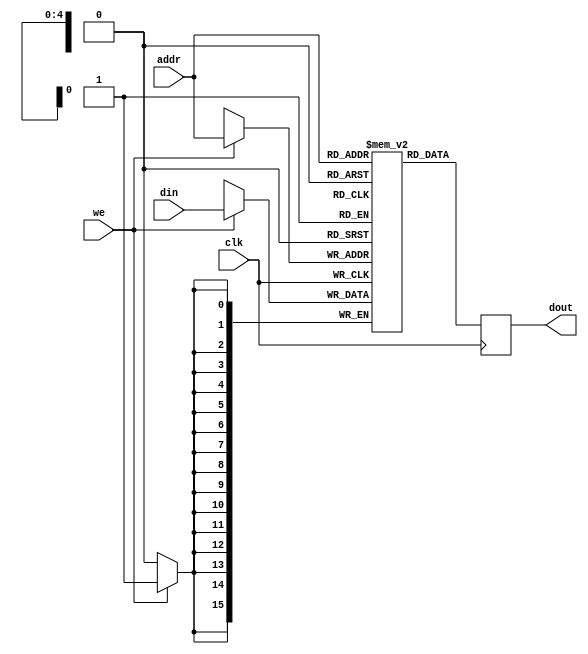
module spram #(
   parameter DATA = 16,
   parameter ADDR = 5
)(
   input 			clk,  
   input 			we, 
   input 	[ADDR-1:0]	addr,
   input 	[DATA-1:0] 	din,  
   output reg	[DATA-1:0] 	dout
);


reg [DATA-1:0] mem [0:2**ADDR-1];

initial
   dout <= 0;

always@(posedge clk) begin
   dout <= mem[addr];
   if (we) begin
      mem[addr] <= din;
      //dout <= din;
   end
end

endmodule